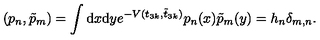
( p _ { n } , \tilde { p } _ { m } ) = \int \mathrm { d } x \mathrm { d } y e ^ { - V ( t _ { 3 k } , \tilde { t } _ { 3 k } ) } p _ { n } ( x ) \tilde { p } _ { m } ( y ) = h _ { n } \delta _ { m , n } .